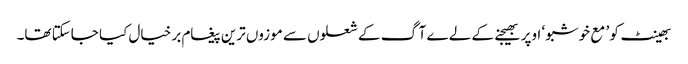
بھینٹ کو ’ مع خوشبو ‘ اوپر بھیجنے کے لے ے آگ کے شعلوں سے موزوں ترین پیغام بر خیال کیا جاسکتا تھا۔